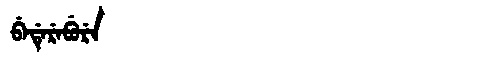
Manchu: ᠪᡝᡩᡝᡵᡝᠪᡠᡵᡝ
Romanization: BEDEREBURE